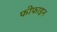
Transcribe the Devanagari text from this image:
फीफाइन